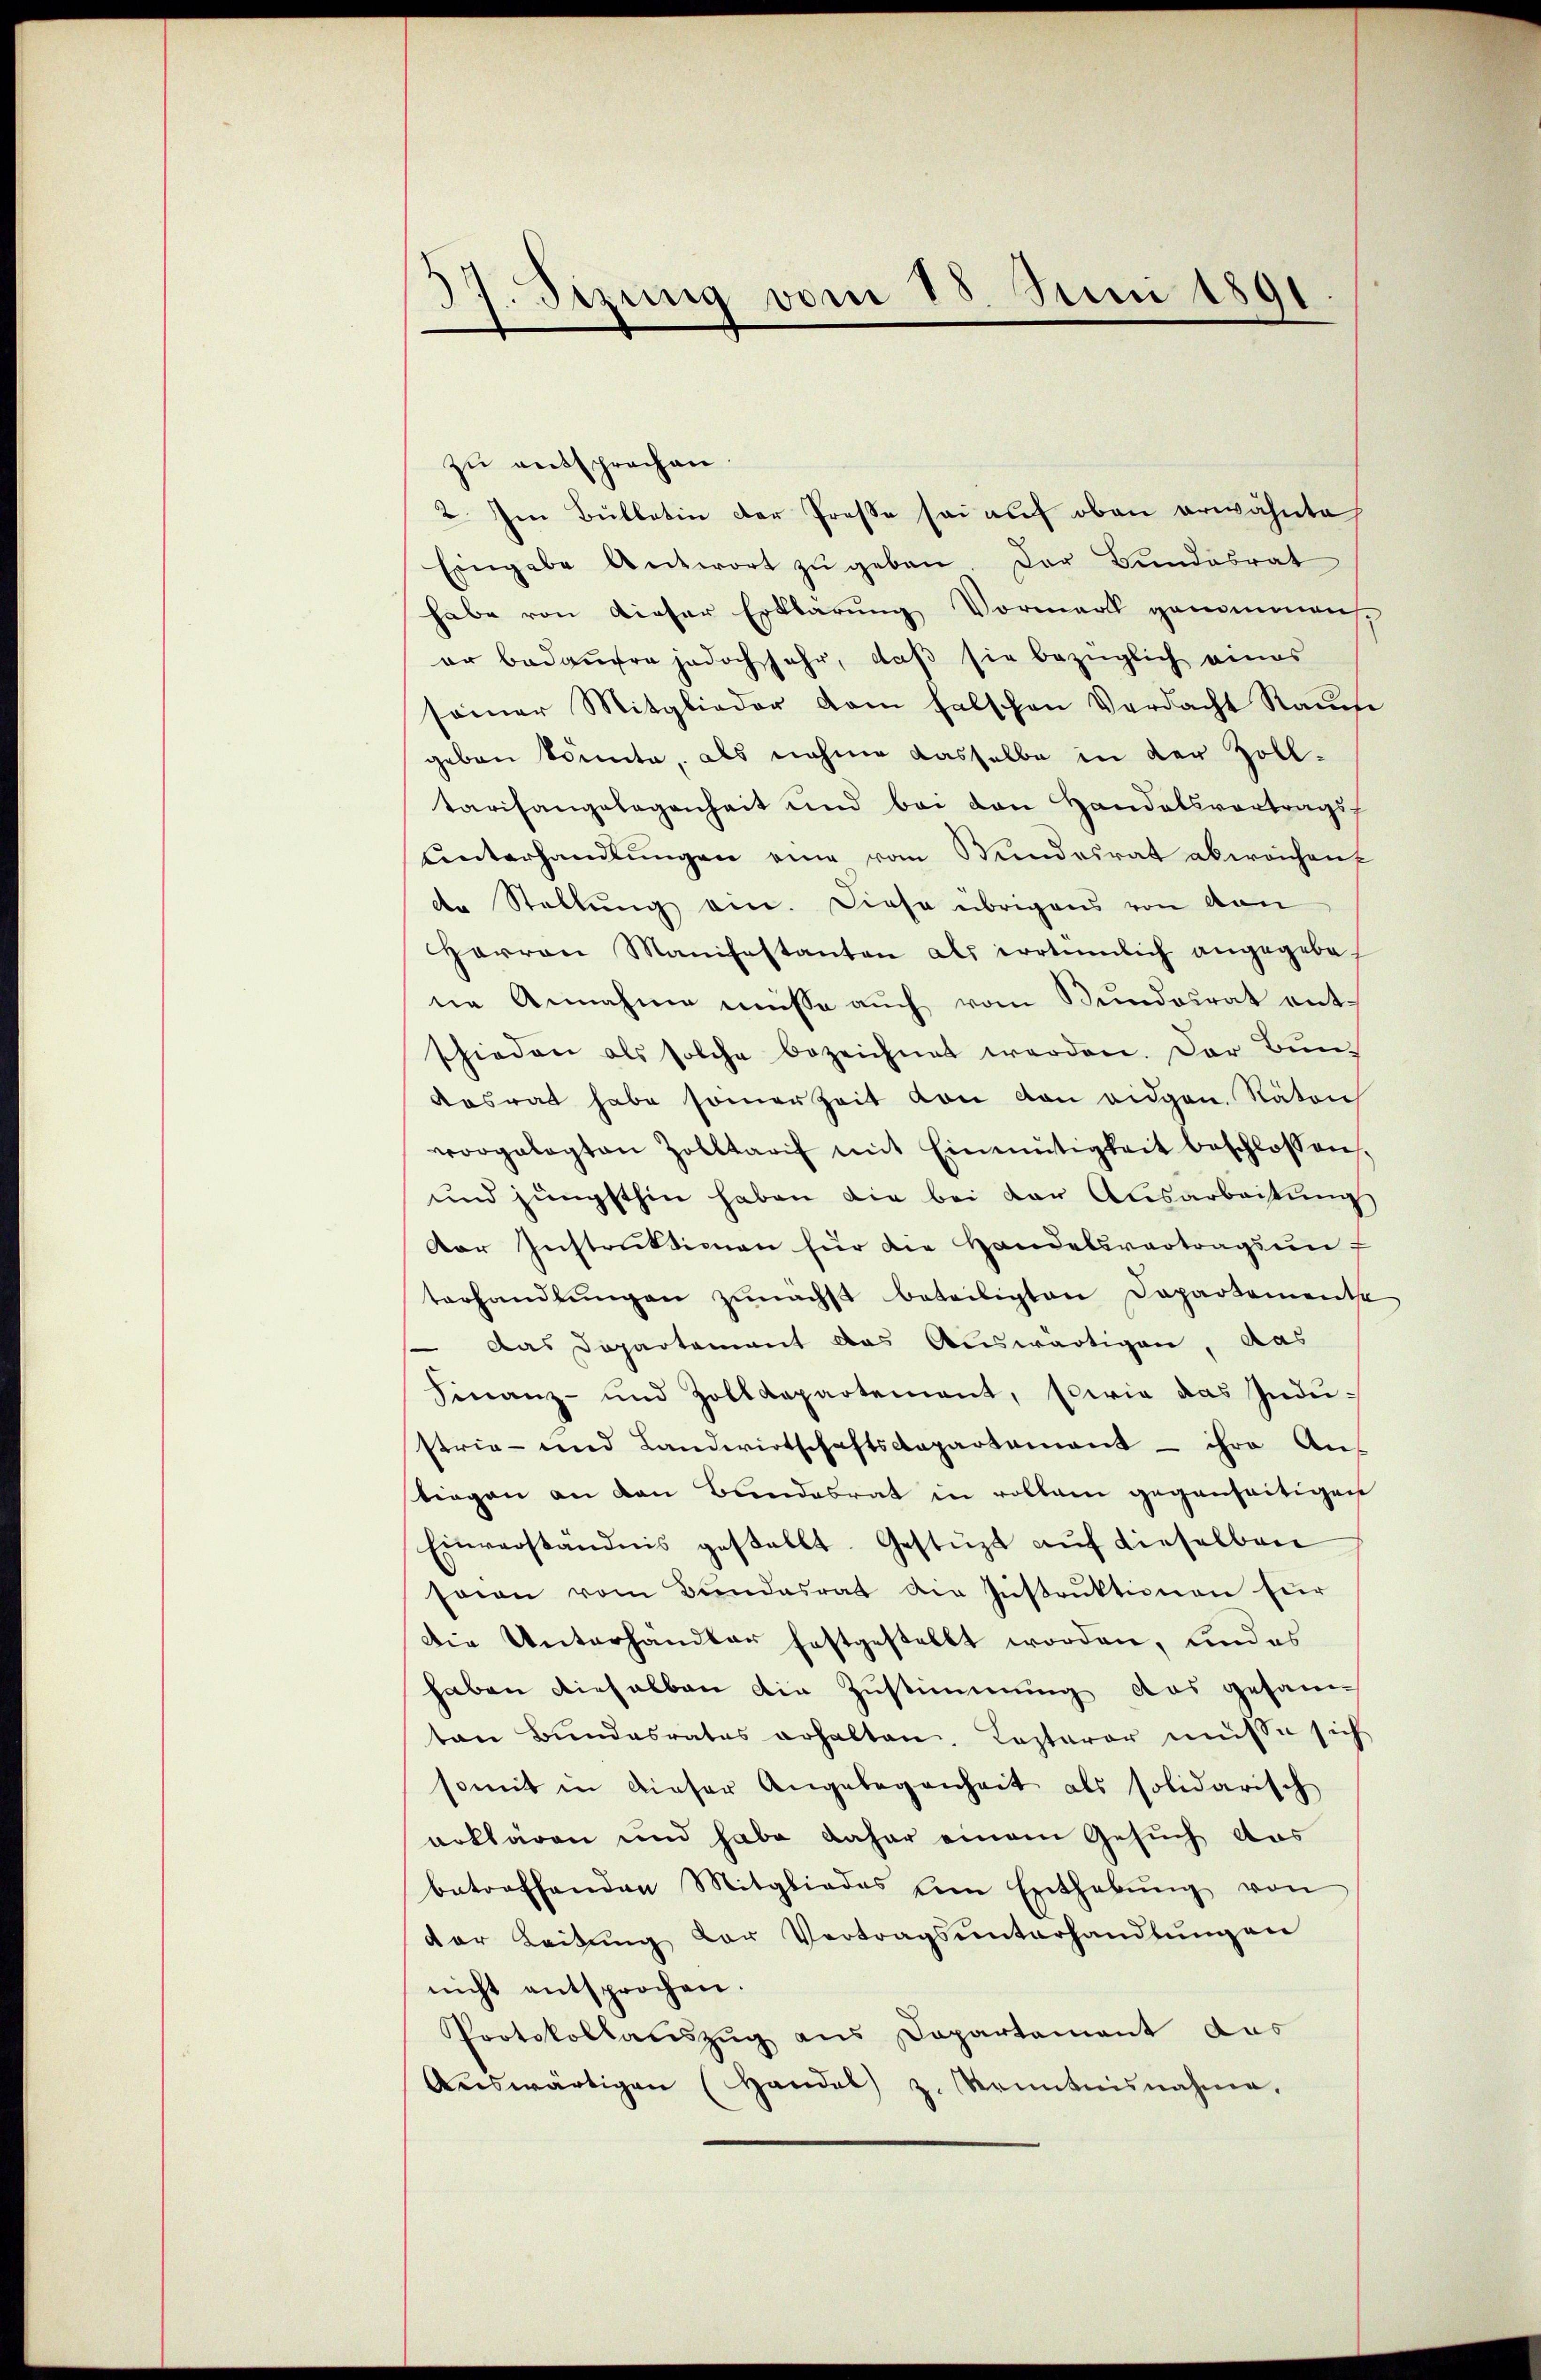
37. Sizung vom 18. Juni 1891
.

zu entsprochen.
2. Im Bullatin der Preße sei auf oben erwähnte
Eingabe Antwort zŭ geben. Der Bundesrat
habe von dieser Erklärung Vormerk genommen
er bedauern jedoch sehr, daß sie bezüglich eines
seiner Mitglieder dem falschen Verdacht Rauche
geben könnte, als nahme dasselbe in der Zolltarisangelegenheit und bei den Handelsvortragsf
ŭnterhandlŭngen eine vom Bundesrat abweichen
dte Stellung ein. Diese übrigens von von
Herren Manifestanten als irrtümlich angegebe-
ne Annahme müsse auch vom Bundesrat entschieden als solche bezeichnet werden. Der Bun¬
Aasrat habe somerzeit von den eidgen. Naton
vorgelegten Zolltarif mit Einmütigkeit beschlossen.
und jüngsthin haben die bei der Ausarbeitung
Der Instruktionen für die Handelsvertragsunf
terhandlŭngen zunächst beteiligten Departemente
 Das Departement das Auswärtigen, das
Finanz- und Zolldepartement, sowie das Indu-
strie- und Landwirtschaftsdepartement - ihre An-
tiegen an den Bandesrat in rollam gegenseitigen
Einverständnis gestellt. Gestützt aŭf dieselben
saran vom Bundesrat die Instrŭktionen für
Die Unterhandler festgestellt worden, und es
haben dieselben die Zustimmung das gesan
ton Bundesrates erhalten. Lasterer müsse sich
somit in dieser Angelegenheit als solidarisch
erklären und habe daher einem Gesuch aus
betreffenden Mitgliedes am Enthebŭng von
der Leitŭng der Vertragsŭnterhandlŭngen
nicht entsprochen.
Protokollauszug aus Departement das
Aŭswärtigen (Handel z. Kenntnisnahme,